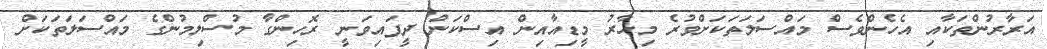
އަރާރުންތަކާއި އެހެންވެސް މައްސަލަތަކަށްވުރެ މިހާރު މީޑިއާއިން އިސްކަން ދީފައިވަނީ ރޮހިންގާ މުސްލިމުންގެ މައްސަލަތަކަށް